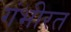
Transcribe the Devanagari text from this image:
गंभीरत